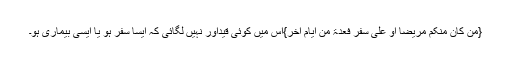
{مَنْ کَانَ مِنْکُمْ مَرِیْضًا اَوْ عَلٰی سَفَرٍ فَعِدَّۃٌ مِّنْ اَیَّامٍ اُخَرَ}اس میں کوئی قیداور نہیں لگائی کہ ایسا سفر ہو یا ایسی بیماری ہو۔